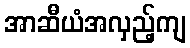
အာဆီယံအလှည့်ကျ